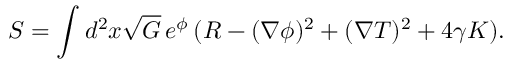
S = \int d ^ { 2 } x \sqrt { G } \, e ^ { \phi } \, ( R - ( \nabla \phi ) ^ { 2 } + ( \nabla T ) ^ { 2 } + 4 \gamma K ) . \nonumber